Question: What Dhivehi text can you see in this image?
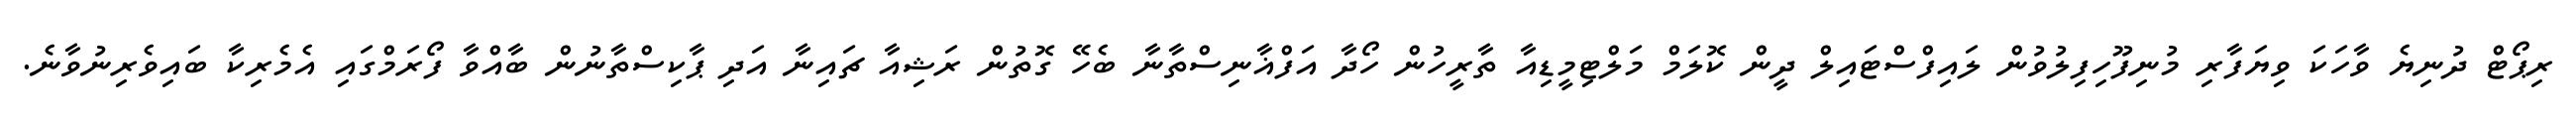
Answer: ރިޕޯޓް ދުނިޔެ ވާހަކަ ވިޔަފާރި މުނިފޫހިފިލުވުން ލައިފްސްޓައިލް ދީން ކޮލަމް މަލްޓިމީޑިއާ ތާރީހުން ހޯދާ އަފްޣާނިސްތާނާ ބެހޭ ގޮތުން ރަޝިއާ ޗައިނާ އަދި ޕާކިސްތާނުން ބާއްވާ ފޯރަމްގައި އެމެރިކާ ބައިވެރިނުވާނެ.